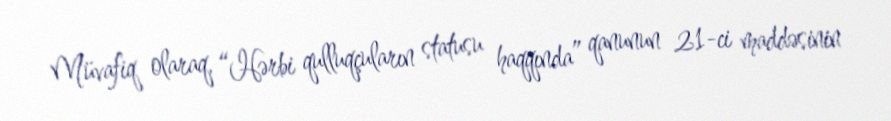
Müvafiq olaraq, “Hərbi qulluqçuların statusu haqqında” qanunun 21-ci maddəsinin